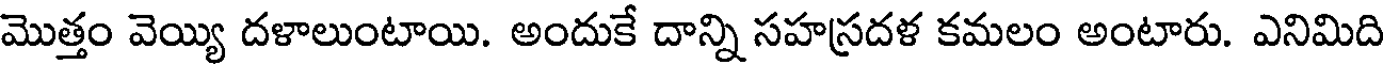
మొత్తం వెయ్యి దళాలుంటాయి. అందుకే దాన్ని సహస్రదళ కమలం అంటారు. ఎనిమిది